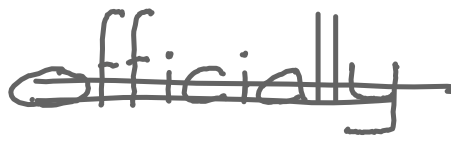
Text: officially
Cross-out: double-line
Writing tool: digital_gray